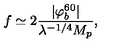
f \simeq 2 { \frac { | \varphi _ { b } ^ { 6 0 } | } { \lambda ^ { - 1 / 4 } M _ { p } } } ,